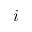
i